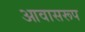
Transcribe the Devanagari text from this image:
आवासरूप